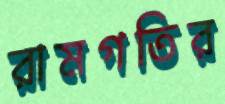
রামগতির